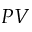
P V